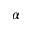
\alpha